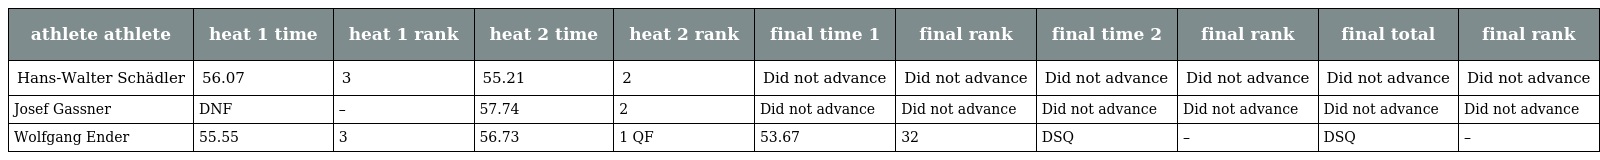
| athlete athlete | heat 1 time | heat 1 rank | heat 2 time | heat 2 rank | final time 1 | final rank | final time 2 | final rank | final total | final rank |
 | --- | --- | --- | --- | --- | --- | --- | --- | --- | --- | --- |
 | Hans-Walter Schädler | 56.07 | 3 | 55.21 | 2 | Did not advance | Did not advance | Did not advance | Did not advance | Did not advance | Did not advance |
 | Josef Gassner | DNF | – | 57.74 | 2 | Did not advance | Did not advance | Did not advance | Did not advance | Did not advance | Did not advance |
 | Wolfgang Ender | 55.55 | 3 | 56.73 | 1 QF | 53.67 | 32 | DSQ | – | DSQ | – |